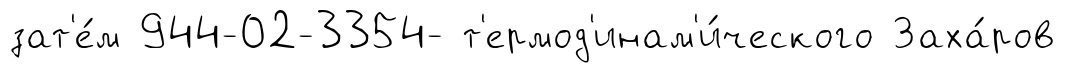
зат'е́м 944-02-3354- т'ермод'инам'и́ческого Заха́ров